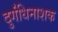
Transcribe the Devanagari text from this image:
दुर्गंधिनाशक